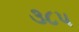
૩૮૫